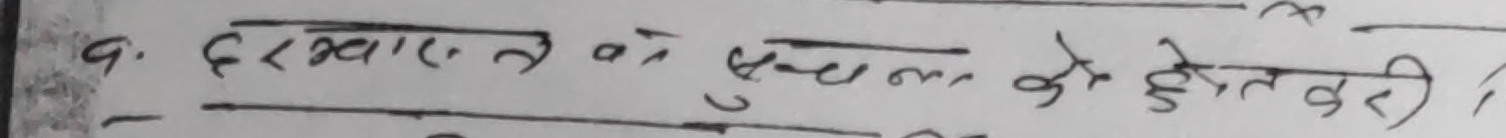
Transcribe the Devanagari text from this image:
9. दरखास्त को सुनन होइतही